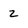
Character: z